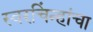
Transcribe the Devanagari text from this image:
स्वरचिंन्हांचा